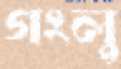
গংলু